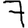
Digit: 7